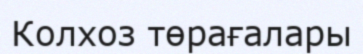
Колхоз төрағалары